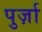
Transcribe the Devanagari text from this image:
पुर्ज़ा